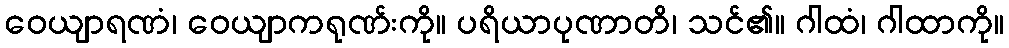
ဝေယျာရဏံ၊ ဝေယျာကရုဏ်းကို။ ပရိယာပုဏာတိ၊ သင်၏။ ဂါထံ၊ ဂါထာကို။